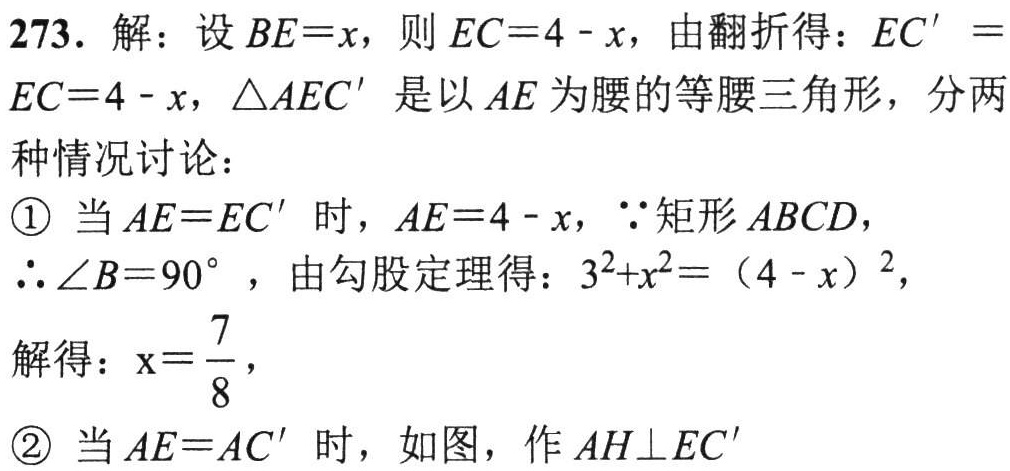
273. 解：设 \(BE = x\)，则 \(EC = 4 - x\)，由翻折得：\(EC'=EC = 4 - x\)，\(\triangle AEC'\) 是以 \(AE\) 为腰的等腰三角形，分两种情况讨论：
\textcircled{1} 当 \(AE = EC'\) 时，\(AE = 4 - x\)，\(\because\) 矩形 \(ABCD\)，\(\therefore\angle B = 90^{\circ}\)，由勾股定理得：\(3^{2}+x^{2}=(4 - x)^{2}\)，
解得：\(x = \frac{7}{8}\)，
\textcircled{2} 当 \(AE = AC'\) 时，如图，作 \(AH\perp EC'\)